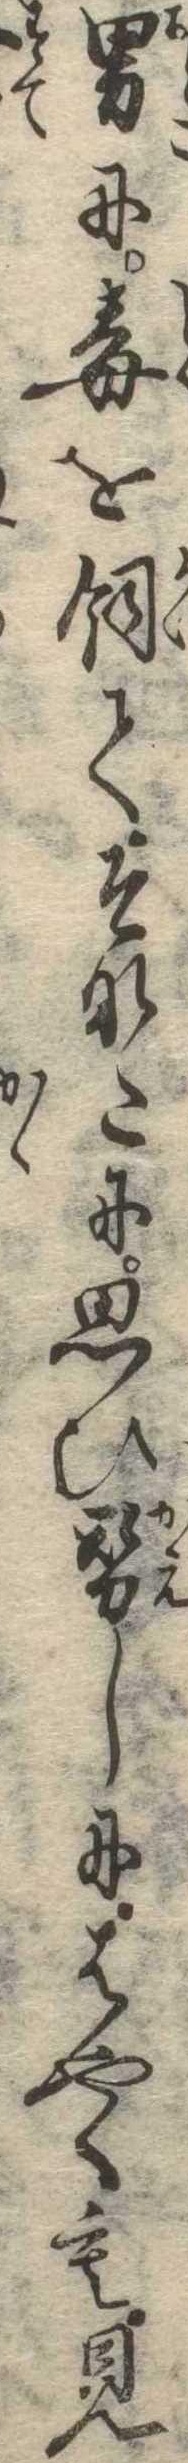
男に毒を飼てそなたに思ひ替しにはやくも見